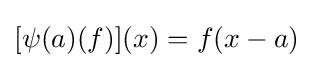
[\psi (a)(f)](x)=f(x-a)